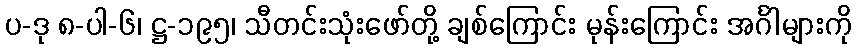
ပ-ဒု ၈-ပါ-၆၊ ဋ္ဌ-၁၉၅၊ သီတင်းသုံးဖော်တို့ ချစ်ကြောင်း မုန်းကြောင်း အင်္ဂါများကို